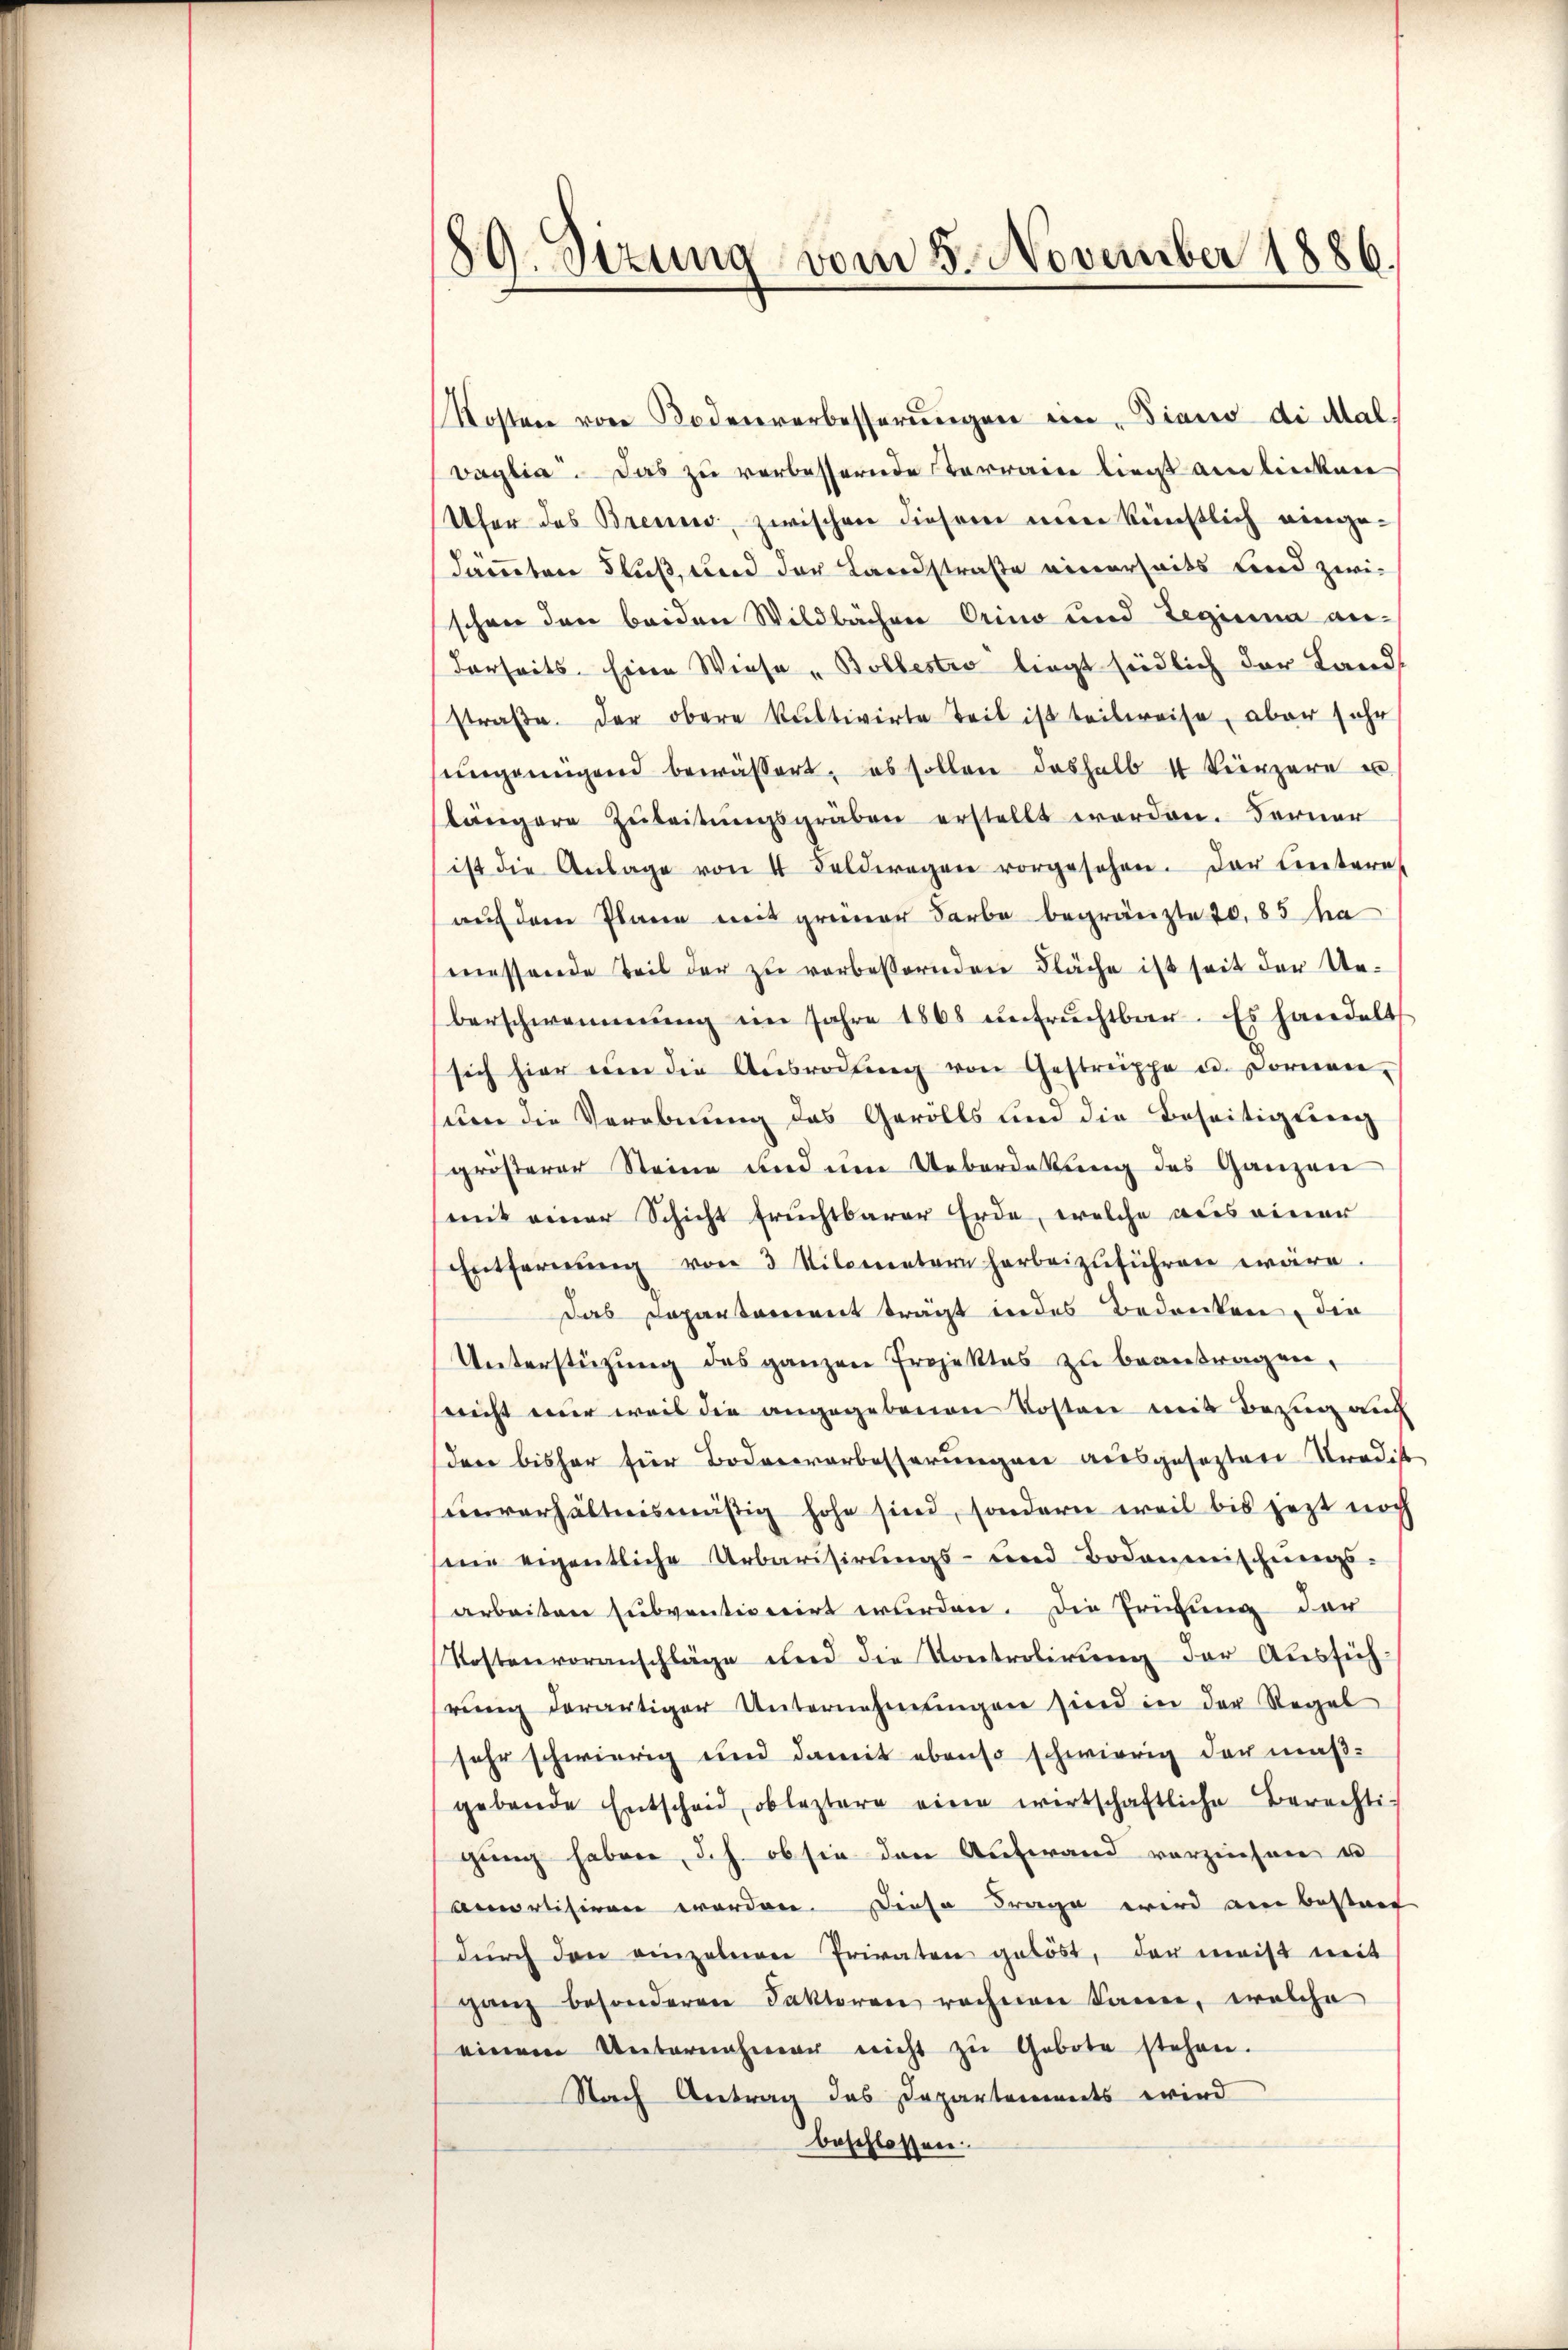
89. Sizung vom 5. November 1886.

Kosten von Bodenverbesserŭngen ein, Diano di Mal.
vaglia. Das zu verbessernde Terraine liegt am liecken
Ufer des Brenne, zwischen diesem eine künstlich eingedämmber Fluß, und der Landstraße einerseits Lind zwischon den beiden Wildbachen Orino und Legium anderseits. Eine Wiese „Bolbestro liegt südlich der Lands
straße. Der obere kultivirte Teil ist teilweise, aber sehr
sungenügend bewässert, es sollen deshalb 4 kürzere u
längere Zŭleitŭngsgräben erstellt worden. Ferner
ist die Anlage von 4 Feldwegen vorgesehen. Der Litere
auf dem Plane mit grüner Farbe begränzte 10. 85 ha
messende Teil der zu verbessernden Fläche ist seit der Ueberschwemmung im Jahre 1865 unfruchtbar. Es handelt
sich hier um die Ansrodtŭng von Gestreppe u. Fornen-
uen die Verebnung des Gerölls und die Beseitigung
größerer Steine und um Ueberdekung des Ganzen
mit einer Schicht fruchtbarer Erde, welche aus einer
Entfernŭng von 3 Kilometern herbeizuführen wäre.
Das Departarient trägt in des Bedrücken, die
Unterstüzung des ganzen Projektes zu beantragen,
sricht nur weis die angegebenen Kosten mit Bezug auch
der bisher für Bodenverbesserungen ausgesezten Tradist
unverhältnismäßig hohe sind, sondern weil bis jezt noch
sie eigentliche Urbarisirungs- und Bodenmischungs-
arbeiten subventionirt wurden. Die Erinnung der
Kostenvoranschläge und die Kontrolirung der Aussich
rung derartiger Unternehmungen sind in der Regel
sehr schwierig und damit ebenso schwierig der maß-
gebende Entscheid, obleztere eine wirtschaftliche Berechti-
gung haben, d. h. ob sie den Aufwand vorziehen u
amortisiren worden. Diese Frage wird am besterr
dŭrch den einzelnen Privaten gelöst, der meist mit
ganz besonderen Faktoren rechnen kann, welche
einem Unternehmer nicht zŭ Gebote stehen.
Nach Antrag das Departements wird
beschlossen.